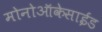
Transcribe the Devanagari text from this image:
मोनोऑकेसाईड